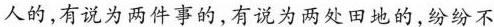
人的，有说为两件事的，有说为两处田地的，纷纷不